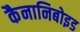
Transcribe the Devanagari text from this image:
कैनानिबोइड